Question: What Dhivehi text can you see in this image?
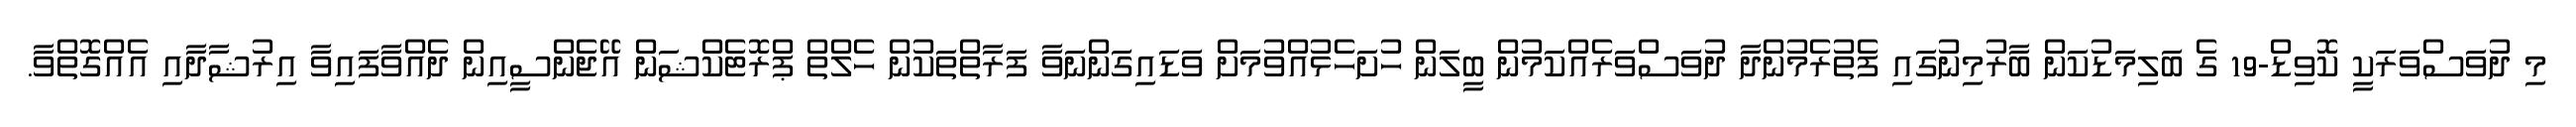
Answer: މި ދުވަސްވަރަކީ ކޮވިޑް-19 ގެ ބަލިމަޑުކަން ބާރުމިނުގައި ފެތުރެމުންދާ ދުވަސްވަރެއްކަމުން ބީލަން ހުށަހެޅުއްވުމަށް ވަޑައިގަންނަވާ ފަރާތްތަކުން ހެލްތް ޕްރޮޓެކްޝަން އޭޖެންސީއިން ދެއްވާފައިވާ އިރުޝާދާއި އެއްގޮތްވާ.